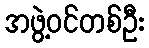
အဖွဲ့ဝင်တစ်ဦး